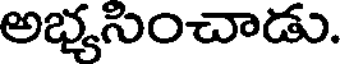
అభ్యసించాడు.